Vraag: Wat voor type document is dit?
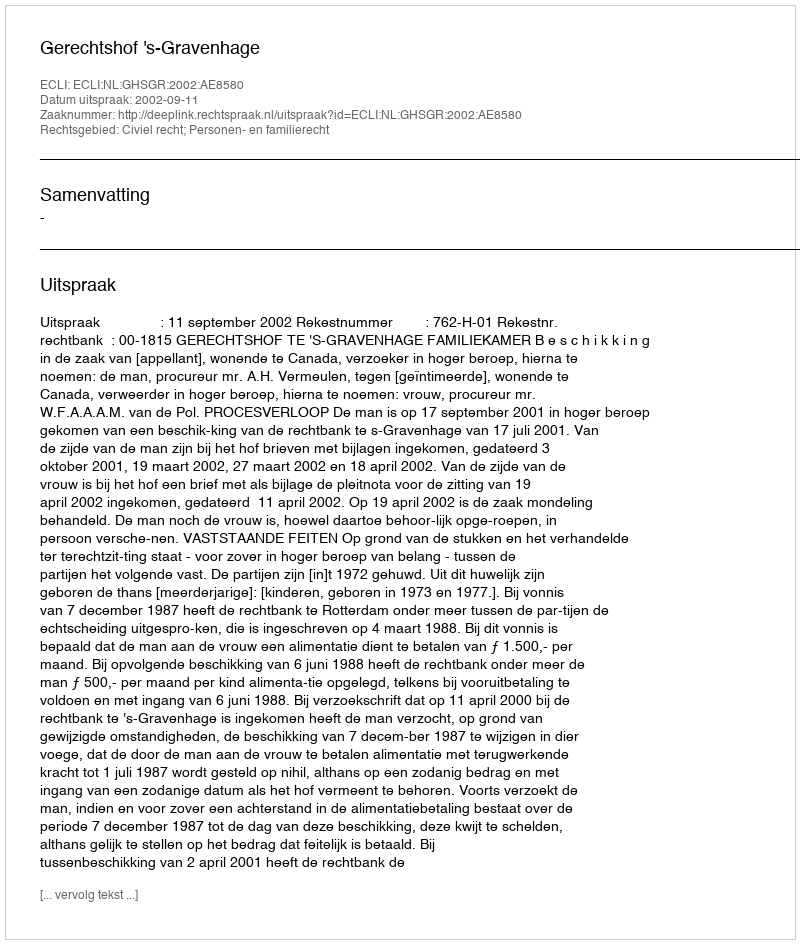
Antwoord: Uitspraak